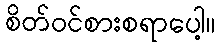
စိတ်ဝင်စားစရာပေါ့။